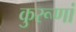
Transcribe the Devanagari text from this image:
कुरूणां